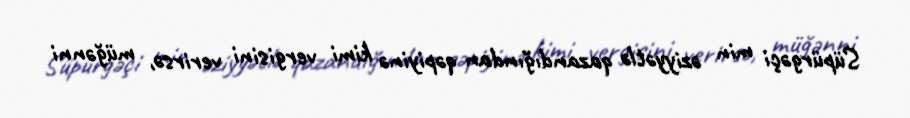
Süpürgəçi min əziyyətlə qazandığından qəpiyinə kimi vergisini verirsə, müğənni